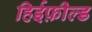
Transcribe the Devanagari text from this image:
हिईफ़ील्ड